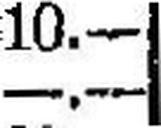
—.—